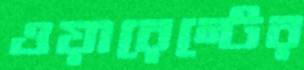
ওয়ারেন্টের